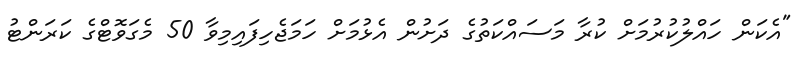
"އެކަން ހައްލުކުރުމަށް ކުރާ މަސައްކަތުގެ ދަށުން އެޅުމަށް ހަމަޖެހިފައިމިވާ 50 މެގަވޮޓްގެ ކަރަންޓު